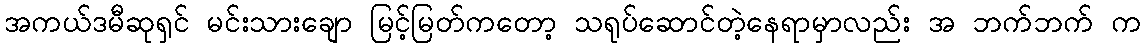
အကယ်ဒမီဆုရှင် မင်းသားချော မြင့်မြတ်ကတော့ သရုပ်ဆောင်တဲ့နေရာမှာလည်း အ ဘက်ဘက် က